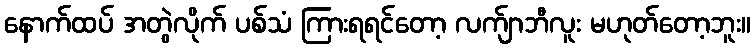
နောက်ထပ် အတွဲလိုက် ပစ်သံ ကြားရရင်တော့ လက်ျာဘီလူး မဟုတ်တော့ဘူး။